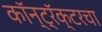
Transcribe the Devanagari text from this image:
कॉन्ट्रॅक्टरचा